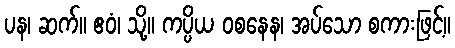
ပန၊ ဆက်။ ဧဝံ၊ သို့။ ကပ္ပိယ ဝစနေန၊ အပ်သော စကားဖြင့်။